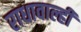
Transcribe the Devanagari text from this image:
राधावाल्ही